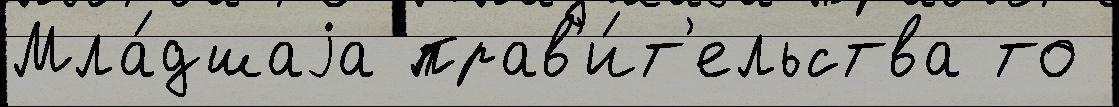
Мла́дшаjа прав'и́т'ельства то